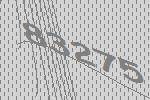
83275